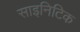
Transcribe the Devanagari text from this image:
साइनिटिक